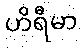
ဟိရီမာ